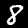
Digit: 8